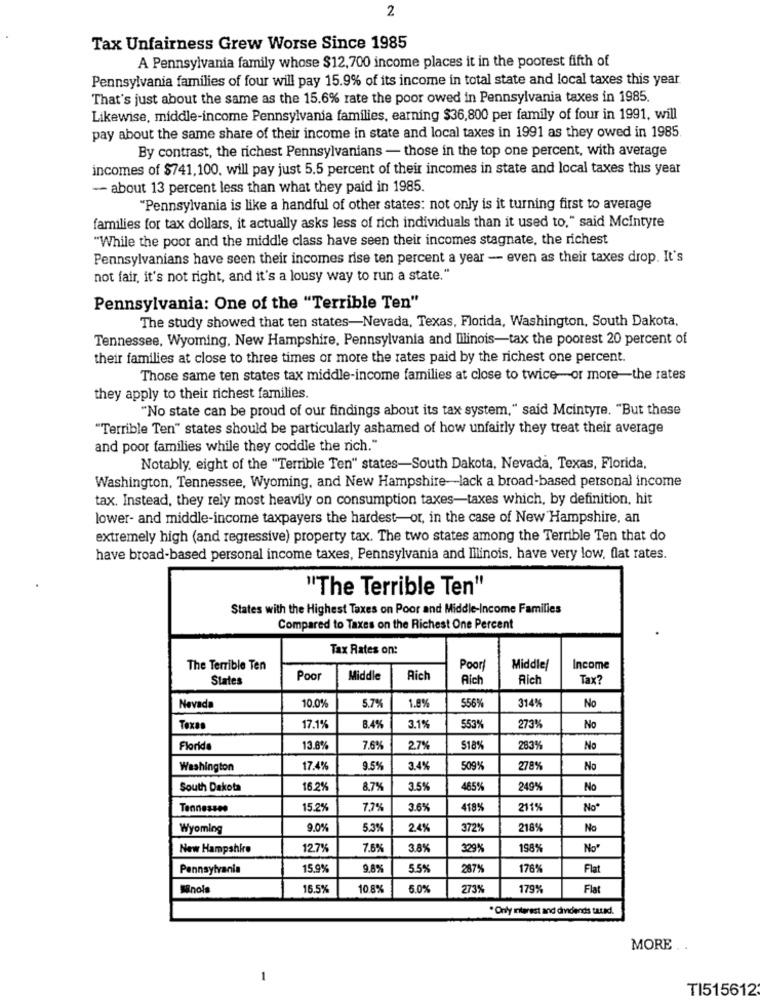
2
Tax Unfairness Grew Worse Since 1985
A Pennsylvania family whose $12,700 income places it in the poorest fifth of
Pennsylvania families of four will pay 15.9% of its income in total state and local taxes this year
That's just about the same as the 15.6% rate the poor owed in Pennsylvania taxes in 1985.
Likewise, middle-income Pennsylvania families, earning $36,800 per family of four in 1991, will
pay about the same share of their income in state and local taxes in 1991 as they owed in 1985
By contrast, the richest Pennsylvanians - those in the top one percent, with average
incomes of $741,100. will pay just 5.5 percent of their incomes in state and local taxes this year
-- about 13 percent less than what they paid in 1985.
"Pennsylvania is like a handful of other states: not only is it turning first to average
families for tax dollars, it actually asks less of rich individuals than it used to," said Mcintyre
"While the poor and the middle class have seen their incomes stagnate, the richest
Pennsylvanians have seen their incomes rise ten percent a year - even as their taxes drop. It's
not fair, it's not right, and it's a lousy way to run a state."
Pennsylvania: One of the "Terrible Ten"
The study showed that ten states-Nevada, Texas, Florida, Washington, South Dakota,
Tennessee, Wyoming, New Hampshire, Pennsylvania and Iilinois-tax the poorest 20 percent of
their families at close to three times or more the rates paid by the richest one percent.
Those same ten states tax middle-income families at close to twice-or more-the rates
they apply to their richest families.
"No state can be proud of our findings about its tax system," said Mcintyre. "But these
"Terrible Ten" states should be particularly ashamed of how unfairly they treat their average
and poor families while they coddle the rich."
Notably, eight of the "Terrible Ten" states-South Dakota, Nevada, Texas, Florida,
Washington, Tennessee, Wyoming, and New Hampshire-lack a broad-based personal income
tax. Instead, they rely most heavily on consumption taxes-taxes which, by definition, hit
lower- and middle-income taxpayers the hardest-or, in the case of New Hampshire, an
extremely high (and regressive) property tax. The two states among the Terrible Ten that do
have broad-based personal income taxes, Pennsylvania and Illinois, have very low, flat rates.
"The Terrible Ten"
States with the Highest Taxes on Poor and Middle-Income Families
Compared to Taxes on the Richest One Percent
Tax Rates on:
The Terrible Ten
Poor!
Middle/
Income
States
Poor
Middle
Rich
Aich
Rich
Tax?
5.7%
5569
Nevada
10.0%
1.8%
314
No
5539
Texas
17.1%
8.4%
3.1%
273%
No
Florida
13.8%
7.6%
2.7%
$18%
2839
No
Washington
17.4%
9.5%
3.4%
509%
2789
No
South Dakota
16.2%
8.7%
3.5%
465%
249%
No
Tennessee
15.2%
7,7%
3.6%
418%
211%
No*
Wyoming
9.0%
5.3%
24%
372%
218%
No
New Hampshire
12.7%
7.6%
3.8%
329%
198%
No"
Pennsylvania
15.9%
9.8%
5.5%
287%
176%
Flat
Minol
16.5%
10.8%
6.0%
273%
179%
Flat
* Only interest and dividends tatad.
MORE
-
TI515612